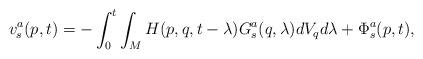
LaTeX: \begin{align*}v^a_s (p, t ) = - \int_0^t \int_M H(p, q, t-\lambda) G^a_s (q, \lambda) dV_q d \lambda + \Phi_s^a (p, t), \end{align*}